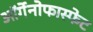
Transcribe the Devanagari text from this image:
ऑर्गेनोफास्फेट